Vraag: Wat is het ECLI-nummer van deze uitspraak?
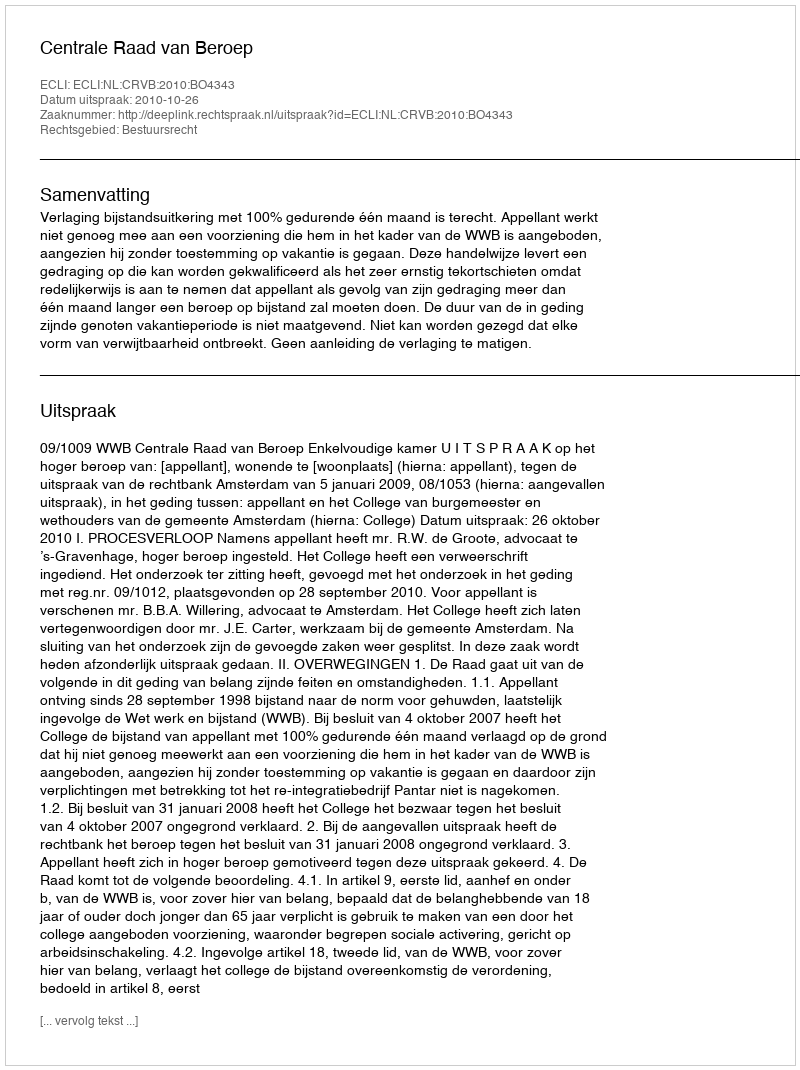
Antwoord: ECLI:NL:CRVB:2010:BO4343